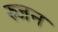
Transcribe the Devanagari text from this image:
स्र्जन